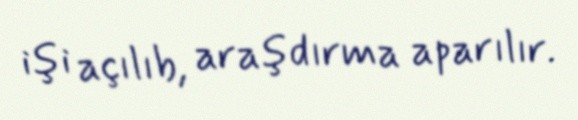
işi açılıb, araşdırma aparılır.